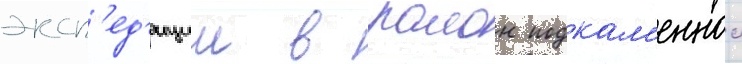
эксп'ед'иции в раион подкам'еннои